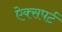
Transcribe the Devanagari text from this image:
ऐक्सपर्ट